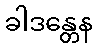
ခါဒန္တေန